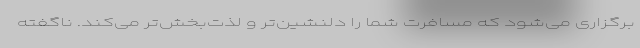
برگزاری می‌شود که مسافرت شما را دلنشین‌تر و لذت‌بخش‌تر می‌کند. ناگفته